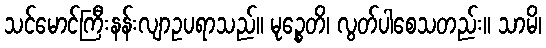
သင်မောင်ကြီးနန်းလျာဥပရာသည်။ မုဉ္စေတိ၊ လွတ်ပါစေသတည်း။ သာမိ၊